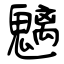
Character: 魑